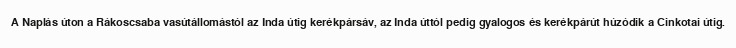
A Naplás úton a Rákoscsaba vasútállomástól az Inda útig kerékpársáv, az Inda úttól pedig gyalogos és kerékpárút húzódik a Cinkotai útig.